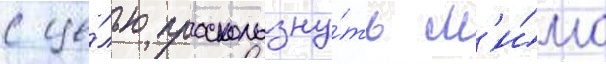
с це́лью проскользну́ть м'и́мо